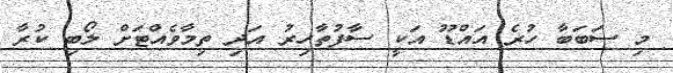
މި ސަބަބާ ހުރެ އައްޑޫ އަކީ ސާފުތާހިރު އަދި ތިމާވެއްޓަށް ލޯބި ކުރާ